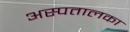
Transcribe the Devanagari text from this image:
अस्पतालका